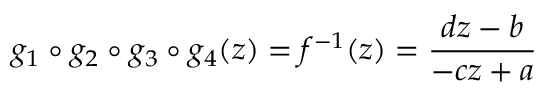
g _ { 1 } \circ g _ { 2 } \circ g _ { 3 } \circ g _ { 4 } ( z ) = f ^ { - 1 } ( z ) = { \frac { d z - b } { - c z + a } }